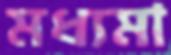
মধ্যমা